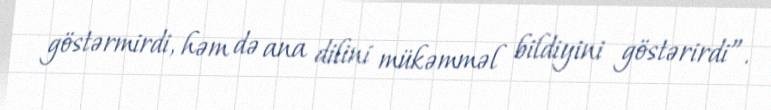
göstərmirdi, həm də ana dilini mükəmməl bildiyini göstərirdi”.